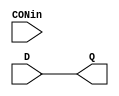
module d_flip_flop(input CONin, D, output reg Q);
initial begin 
	Q <= 0;
end
always @ (CONin) begin
	Q <= D;
end
endmodule